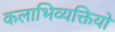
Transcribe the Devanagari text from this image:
कलाभिव्यक्तियों